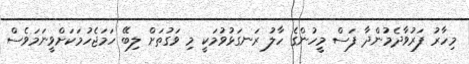
މިހާރު ފަރުވާދެމުންދާ ފަސް މީހުންގެ ހާލު ރަނގަޅުވުމަކީ މި ވަގުތަށް ލިބޭ ހަމަޖެހުމަކަށްވީނަމަވެސް